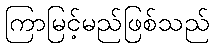
ကြာမြင့်မည်ဖြစ်သည်